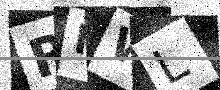
Text: RMWL